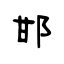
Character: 邯